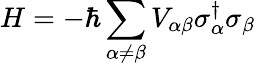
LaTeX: H=-\hbar\sum_{\alpha\neq\beta}V_{\alpha\beta}\sigma_{\alpha}^{\dagger}\sigma_{\beta}